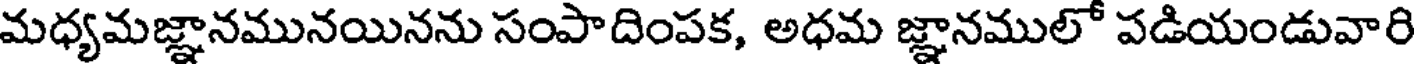
మధ్యమజ్ఞానమునయినను సంపాదింపక, అధమ జ్ఞానములో పడియండువారి